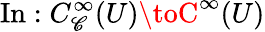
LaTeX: \operatorname{In}:C_{\mathscr{C}}^{\infty}(U)\toC^{\infty}(U)